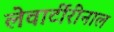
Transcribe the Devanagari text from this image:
लेवार्टीरीनाल